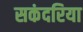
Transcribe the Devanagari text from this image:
सकंदरिया